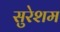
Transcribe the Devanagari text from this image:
सुरेशम